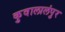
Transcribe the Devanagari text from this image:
कुवालालंपुर